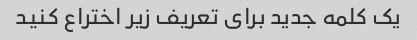
یک کلمه جدید برای تعریف زیر اختراع کنید